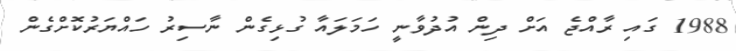
1988 ގައި ރާއްޖެ އަށް ދިން އުދުވާނީ ހަމަލައާ ގުޅިގެން ނާސިރު ހައްޔަރުކޮށްގެން